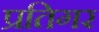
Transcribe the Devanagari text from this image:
प्रतिगर